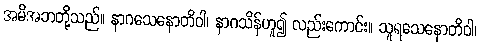
အမိအဘတို့သည်။ နာဂသေနောတိဝါ၊ နာဂသိန်ဟူ၍ လည်းကောင်း။ သူရသေနောတိဝါ၊